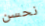
نحسن